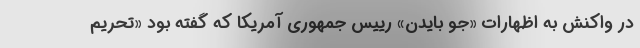
در واکنش به اظهارات «جو بایدن» رییس جمهوری آمریکا که گفته بود «تحریم